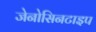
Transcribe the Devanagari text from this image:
जेनोसिनटाइप